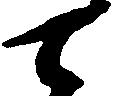
て